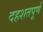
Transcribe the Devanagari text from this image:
दहशतपूर्ण